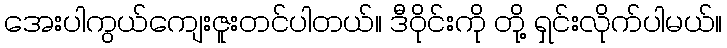
အေးပါကွယ်ကျေးဇူးတင်ပါတယ်။ ဒီဝိုင်းကို တို့ ရှင်းလိုက်ပါမယ်။